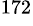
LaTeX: ^{172}